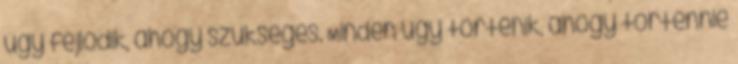
úgy fejlődik, ahogy szükséges. Minden úgy történik, ahogy történnie